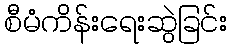
စီမံကိန်းရေးဆွဲခြင်း